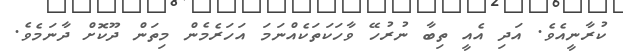
ކުރާނީއެވެ. އަދި އެއީ ތިބާ ނުރުހޭ ވާހަކަތަކެއްނަމަ އަހަރެމެން މިތަން ދޫކޮށް ދާނަމެވެ.